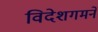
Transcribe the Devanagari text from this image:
विदेशगमने